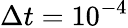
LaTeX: \Delta t=10^{-4}